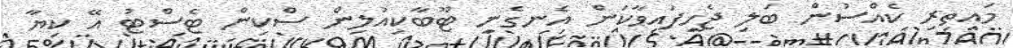
މައިތިރި ކެއްސުން ބަލި ޖެހިފައިވާކަން އެނގެނީ ޓޫބާކިއުލިން ސްކިން ޓެސްޓު އޭ ކިޔާ